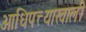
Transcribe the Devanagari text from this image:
आधिपत्त्याखाली